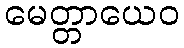
မေတ္တာယေဝ